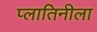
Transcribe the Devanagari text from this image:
प्लातिनीला